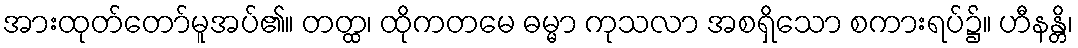
အားထုတ်တော်မူအပ်၏။ တတ္ထ၊ ထိုကတမေ ဓမ္မာ ကုသလာ အစရှိသော စကားရပ်၌။ ဟီနန္တိ၊